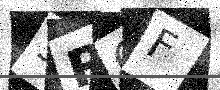
Text: 5RQF